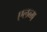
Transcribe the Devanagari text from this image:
एलब्म